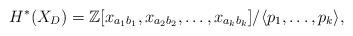
LaTeX: \begin{align*}H^*(X_{D})=\mathbb{Z}[x_{a_1b_1},x_{a_2b_2},\dots,x_{a_kb_k}]/\langle p_1,\dots,p_k \rangle,\end{align*}